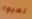
لعبوا